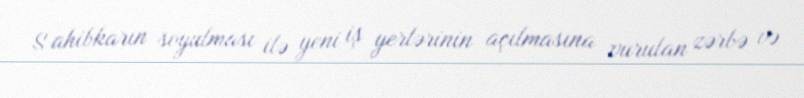
S ahibkarın soyulması ilə yeni iş yerlərinin açılmasına vurulan zərbə və